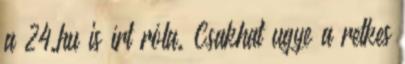
a 24.hu is írt róla. Csakhat ugye a retkes